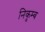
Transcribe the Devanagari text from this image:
निकुम्ब